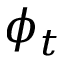
\phi _ { t }